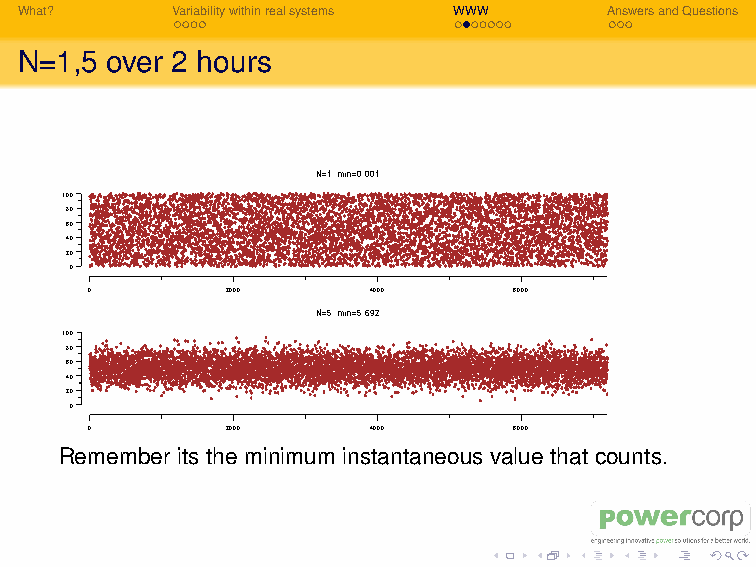
What?     Variabilitywithinrealsystems WWW AnswersandQuestions
 N=1,5 over 2 hours
 N=1, min=0.001
 100
 80
 60
 40
 20
 0
 0        2000     4000      6000
 N=5, min=5.692
 100
 80
 60
 40
 20
 0
 0        2000     4000      6000
 Remember its the minimum instantaneous value that counts.